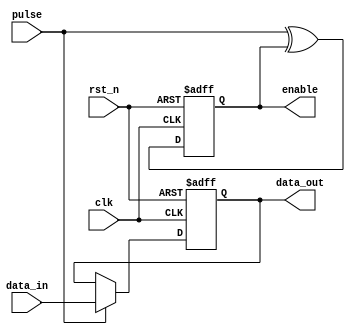
module clk_domain_send (
  input            clk,
  input            rst_n,
  input            pulse,
  input      [8:0] data_in,
  output reg [8:0] data_out,
  output reg       enable
);

wire d;

assign d = pulse ^ enable;

always @(posedge clk or negedge rst_n) begin
  if(!rst_n) begin
    enable <= 0;
  end
  else begin
    enable <= d;
  end
end

always @(posedge clk or negedge rst_n) begin
  if(!rst_n) begin
    data_out <= 0;
  end
  else begin
    if(pulse) begin
      data_out <= data_in;
    end
    else begin
      data_out <= data_out;
    end
  end
end

endmodule


module clk_domain_rev (
  input clk,
  input rst_n,
  input enable,
  input [8:0] data_in,
  output reg [8:0] data_out

);

reg q1;
reg q2;
reg q3;
wire load_enable;

always @(posedge clk or negedge rst_n) begin
  if(!rst_n) begin
    q1 <= 0;
    q2 <= 0;
    q3 <= 0;
  end
  else begin
    {q3,q2,q1} <= {q2,q1,enable};
  end
end

assign load_enable = q2 ^q3;

always @(posedge clk or negedge rst_n) begin
  if(!rst_n) begin
    data_out <= 0;
  end
  else begin
    if(load_enable) begin
      data_out <= data_in;
    end
    else begin
      data_out <= data_out;
    end
  end
end

endmodule